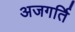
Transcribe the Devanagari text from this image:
अजगर्ति